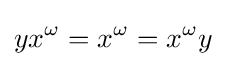
yx^{\omega }=x^{\omega }=x^{\omega }y